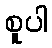
စူပါ